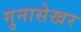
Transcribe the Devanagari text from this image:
गुनासेखर